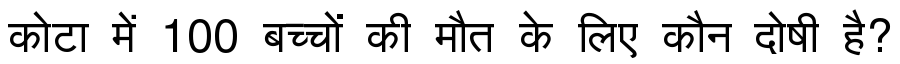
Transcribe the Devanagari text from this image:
कोटा में 100 बच्चों की मौत के लिए कौन दोषी है?